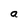
Character: a